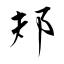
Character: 邞